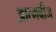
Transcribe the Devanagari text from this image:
आत्मबीज